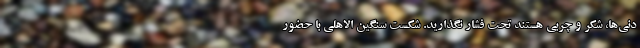
دنی‌ها، شکر و چربی هستند تحت فشار نگذارید. شکست سنگین الاهلی با حضور